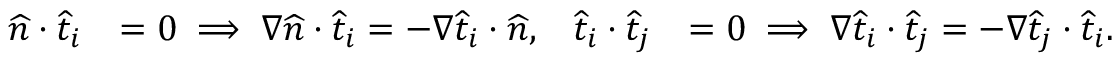
\begin{array} { r l r l } { \widehat { n } \cdot \widehat { t } _ { i } } & { = 0 \implies \nabla \widehat { n } \cdot \widehat { t } _ { i } = - \nabla \widehat { t } _ { i } \cdot \widehat { n } , } & { \widehat { t } _ { i } \cdot \widehat { t } _ { j } } & { = 0 \implies \nabla \widehat { t } _ { i } \cdot \widehat { t } _ { j } = - \nabla \widehat { t } _ { j } \cdot \widehat { t } _ { i } . } \end{array}